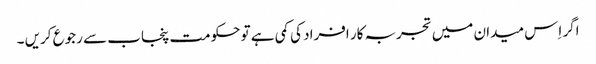
اگر اِس میدان میں تجربہ کار افراد کی کمی ہے تو حکومت پنجاب سے رجوع کریں ۔